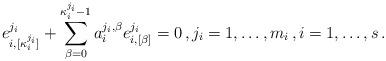
LaTeX: \begin{align*}e_{i,[\kappa_{i}^{j_{i}}]}^{j_{i}}+\sum_{\beta=0}^{\kappa_{i}^{j_{i}}-1}a_{i}^{j_{i},\beta}e_{i,[\beta]}^{j_{i}}=0\,,j_{i}=1,\ldots,m_{i}\,,i=1,\ldots,s\,.\end{align*}